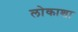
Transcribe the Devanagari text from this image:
लोकाशा